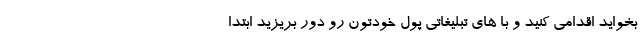
بخواید اقدامی کنید و با های تبلیغاتی پول خودتون رو دور بریزید ابتدا